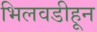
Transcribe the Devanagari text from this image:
भिलवडीहून